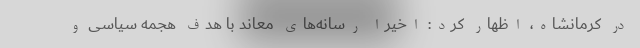
در کرمانشاه، اظهار کرد: اخیرا رسانه‌های معاند با هدف هجمه سیاسی و